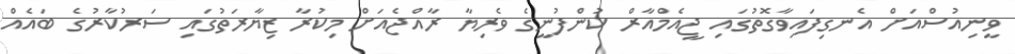
ވީނިއުސްއަށް އެނގިފައިވާގޮތުގައި ޖީއެމްއާރް ކުންފުނީގެ ވެރިޔާ ރާއްޖެއަށް މިކުރާ ޒިޔާރަތުގައި ސަރުކާރުގެ ބައެއް